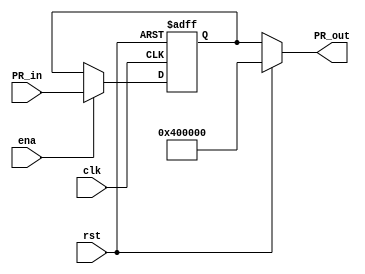
`timescale 1ns / 1ps
//////////////////////////////////////////////////////////////////////////////////
// Company: 
// Engineer: 
// 
// Design Name: 
// Module Name: PCreg
// Project Name: 
// Target Devices: 
// Tool Versions: 
// Description: 
// 
// Dependencies: 
// 
// Revision:
// Revision 0.01 - File Created
// Additional Comments:
// 
//////////////////////////////////////////////////////////////////////////////////


module PcReg(
    input clk,
    input rst,
    input ena,
    input [31:0] PR_in,
    output [31:0] PR_out
    );
    reg [31:0] PcRegister;
    always @(negedge clk or posedge rst) begin
            if (rst) begin
                PcRegister <= 32'h00400000;
//                  PcRegister<=32'h004002e4;
            end
            else begin
                if(ena)
                begin
                    PcRegister <= PR_in;
                end
            end
        
    end

      assign PR_out = rst?32'h00400000:PcRegister;
      //assign PR_out =rst?32'h004002e4:PcRegister;
endmodule